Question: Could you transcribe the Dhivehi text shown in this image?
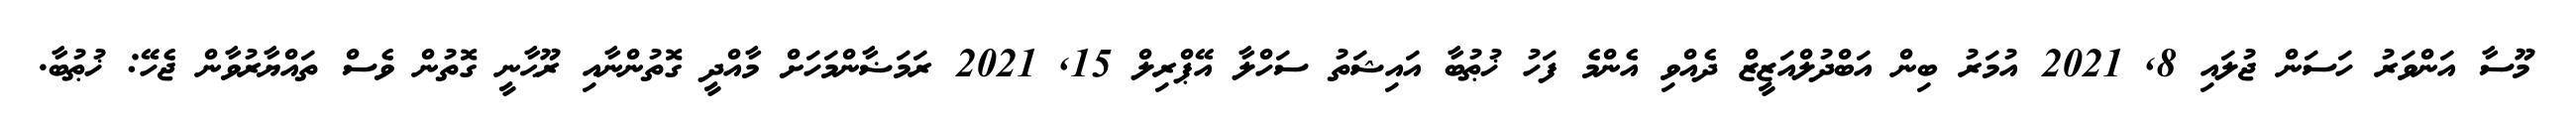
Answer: މޫސާ އަންވަރު ހަސަން ޖުލައި 8, 2021 އުމަރު ބިން އަބްދުލްއަޒީޒް ދެއްވި އެންމެ ފަހު ޚުޠުބާ އައިޝަތު ސަހްލާ އޭޕްރިލް 15, 2021 ރަމަޟާންމަހަށް މާއްދީ ގޮތުންނާއި ރޫޙާނީ ގޮތުން ވެސް ތައްޔާރުވާން ޖެހޭ: ޚުޠުބާ.